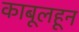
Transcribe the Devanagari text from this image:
काबूलहून